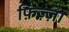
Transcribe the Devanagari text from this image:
फ़िज़्ज़ा